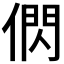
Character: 𬿂